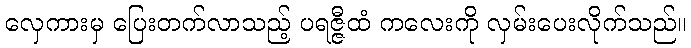
လှေကားမှ ပြေးတက်လာသည့် ပရဇ္ဇီထံ ကလေးကို လှမ်းပေးလိုက်သည်။